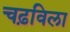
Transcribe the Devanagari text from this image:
चढ़विला